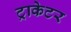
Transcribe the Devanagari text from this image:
ट्राकेटर